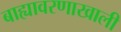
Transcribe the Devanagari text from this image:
बाह्यावरणाखाली